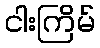
ငါးကြိမ်